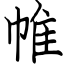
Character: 帷